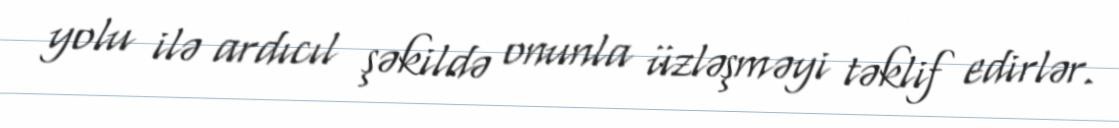
yolu ilə ardıcıl şəkildə onunla üzləşməyi təklif edirlər.